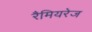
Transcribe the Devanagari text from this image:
रैमियरेज